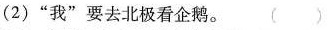
(2)”我”要去北极看企鹅。（）